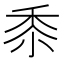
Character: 𮮑